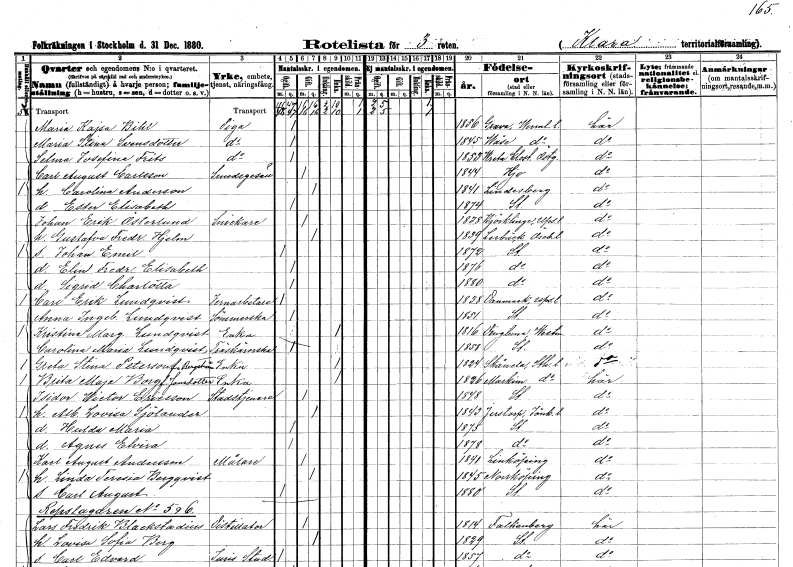
gt_parse: households: individuals: FN: Maria Kajsa
EN: Bihl
YRKE: Piga
KON: K
CIV: O
FODAR: 1856
FODFORS: Grava Värmlands län
FN: Maria Stina
EN: Svensdotter
YRKE: Piga
KON: K
CIV: O
FODAR: 1845
FODFORS: Väse Värmlands län
FN: Selma Josefina
EN: Frits
YRKE: Piga
KON: K
CIV: O
FODAR: 1853
FODFORS: Vreta kloster Östergötlands län
FN: Carl August
EN: Carlsson
YRKE: Smedsgesäll
KON: M
CIV: G
FODAR: 1844
FODFORS: Hjo Skaraborgs län
FN: Carolina
EN: Andersson
KON: K
CIV: G
FODAR: 1841
FODFORS: Lindesberg Örebro län
FN: Ester Elisabeth
KON: K
CIV: O
FODAR: 1874
FODFORS: Stockholm
FN: Johan Erik
EN: Österlund
YRKE: Snickare
KON: M
CIV: G
FODAR: 1838
FODFORS: Björklinge Uppsala län
FN: Gustafva Fredrika
EN: Hjelm
KON: K
CIV: G
FODAR: 1839
FODFORS: Lerbäck Örebro län
FN: Johan Emil
KON: M
CIV: O
FODAR: 1872
FODFORS: Stockholm
FN: Elin Fredrika Elisabeth
KON: K
CIV: O
FODAR: 1876
FODFORS: Stockholm
FN: Sigrid Charlotta
KON: K
CIV: O
FODAR: 1880
FODFORS: Stockholm
FN: Carl Erik
EN: Lundqvist
YRKE: Järnarbetare
KON: M
CIV: O
FODAR: 1838
FODFORS: Danmark Uppsala län
FN: Anna Ingeborg
EN: Lundqvist
YRKE: Sömmerska
KON: K
CIV: O
FODAR: 1851
FODFORS: Stockholm
FN: Kristina Margreta
EN: Lundqvist
YRKE: Änka
KON: K
CIV: E
FODAR: 1816
FODFORS: Dingtuna Västmanlands län
FN: Carolina Maria
EN: Lundqvist
YRKE: Träkärlsarbetare
KON: K
CIV: O
FODAR: 1858
FODFORS: Stockholm
FN: Greta Stina
EN: Peterson Bergström
YRKE: Änka
KON: K
CIV: E
FODAR: 1824
FODFORS: Skånela Stockholms län
FN: Brita Maja
EN: Borg Jansdotter
YRKE: Änka
KON: K
CIV: E
FODAR: 1826
FODFORS: Markim Stockholms län
FN: Isidor Wictor
EN: Ericsson
YRKE: Stadstjänare
KON: M
CIV: G
FODAR: 1848
FODFORS: Stockholm
FN: Albertina Lovisa
EN: Sjölander
KON: K
CIV: G
FODAR: 1843
FODFORS: Järstorp Jönköpings län
FN: Hulda Maria
KON: K
CIV: O
FODAR: 1875
FODFORS: Stockholm
FN: Agnes Elvira
KON: K
CIV: O
FODAR: 1878
FODFORS: Stockholm
FN: Karl August
EN: Andersson
YRKE: Målare
KON: M
CIV: G
FODAR: 1841
FODFORS: Linköping Östergötlands län
FN: Linda Teresia
EN: Bergqvist
KON: K
CIV: G
FODAR: 1845
FODFORS: Norrköping Östergötlands län
FN: Carl August
KON: M
CIV: O
FODAR: 1880
FODFORS: Stockholm
FN: Lars Fredrik
EN: Blackstadius
YRKE: Distillator
KON: M
CIV: G
FODAR: 1814
FODFORS: Falkenberg Hallands län
FN: Lovisa Sofia
EN: Berg
KON: K
CIV: G
FODAR: 1829
FODFORS: Stockholm
FN: Carl Edvard
YRKE: Juridikstuderande
KON: M
CIV: O
FODAR: 1857
FODFORS: Stockholm